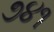
૭૪૧